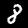
Digit: 8